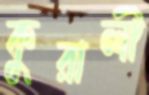
কুরালী